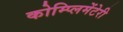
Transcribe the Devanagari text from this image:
कोम्प्लिमेंटेरी